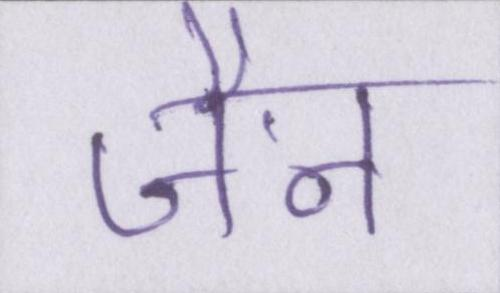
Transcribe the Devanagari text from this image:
जैन